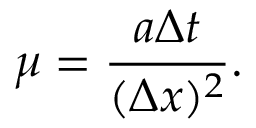
\mu = { \frac { a \Delta t } { ( \Delta x ) ^ { 2 } } } .